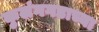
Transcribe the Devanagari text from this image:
कुलंगगडाच्या